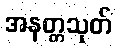
အနတ္တသုတ်